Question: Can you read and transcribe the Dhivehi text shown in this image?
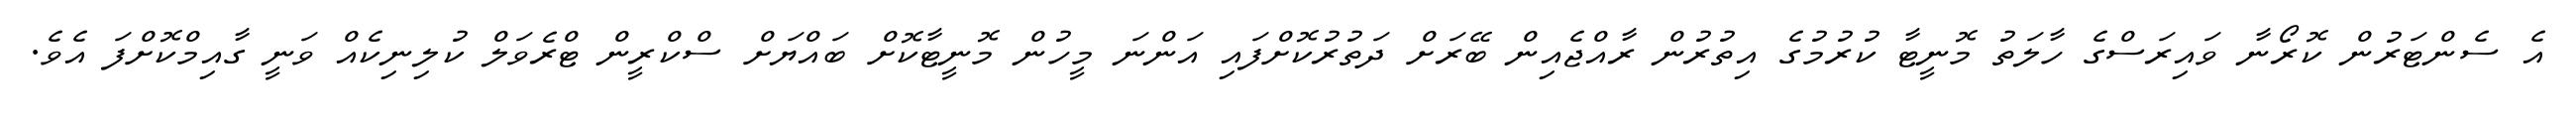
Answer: އެ ސެންޓަރުން ކޮރޯނާ ވައިރަސްގެ ހާލަތު މޮނީޓާ ކުރުމުގެ އިތުރުން ރާއްޖެއިން ބޭރަށް ދަތުރުކޮށްފައި އަންނަ މީހުން މޮނީޓާކޮށް ބައްޔަށް ސްކްރީން ޓްރެވަލް ކުލިނިކެއް ވަނީ ގާއިމްކޮށްފަ އެވެ.